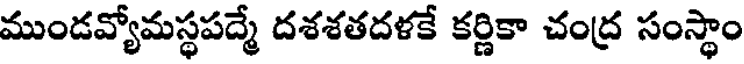
ముండవ్యోమస్థపద్మే దశశతదళకే కర్ణికా చంద్ర సంస్థాం